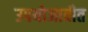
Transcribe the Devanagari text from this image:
उपयोजावीत